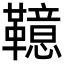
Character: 𩍖